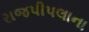
રાજપીપલાના